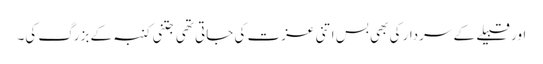
اور قبیلے کے سردار کی بھی بس اتنی عزت کی جاتی تھی جتنی کنبہ کے بزرگ کی۔